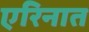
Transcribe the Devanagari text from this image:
एरिनात